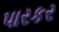
પારકર